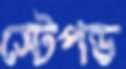
স্টেপড